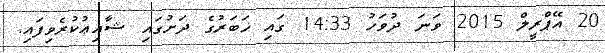
20 އޭޕްރީލް 2015 ވަނަ ދުވަހު 14:33 ގައި ޚަބަރުގެ ދަށުގައި ޝާއިޢުކުރެވިފައި.